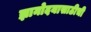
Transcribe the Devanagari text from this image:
ज्ञानोदयासाठीची